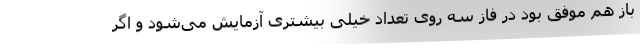
باز هم موفق بود در فاز سه روی تعداد خیلی بیشتری آزمایش می‌شود و اگر